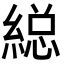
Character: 縂